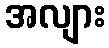
အလျား